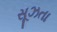
સૂઝતા